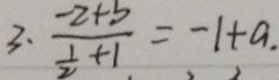
3 . \frac { - 2 + b } { \frac { 1 } { 2 } + 1 } = - 1 + a .